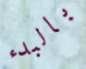
بالبدء